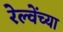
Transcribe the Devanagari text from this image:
रेल्वेंच्या